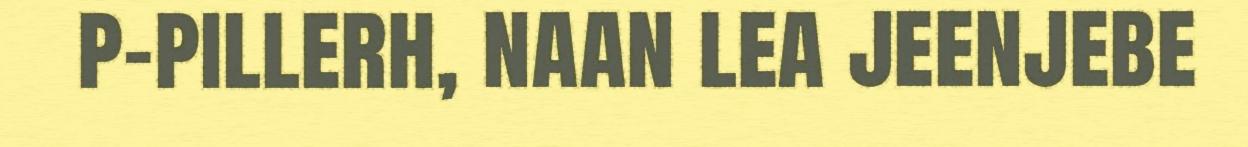
p-pillerh, naan lea jeenjebe